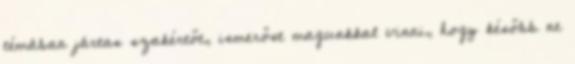
témában jártas szakértőt, ismerőst magunkkal vinni, hogy később ne